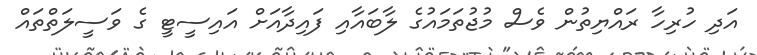
އަދި ހުރިހާ ރައްޔިތުން ވެސް މުޖުތަމައުގެ ލާބައާއި ފައިދާއަށް އައިސީޓީ ގެ ވަސީލަތްތައް